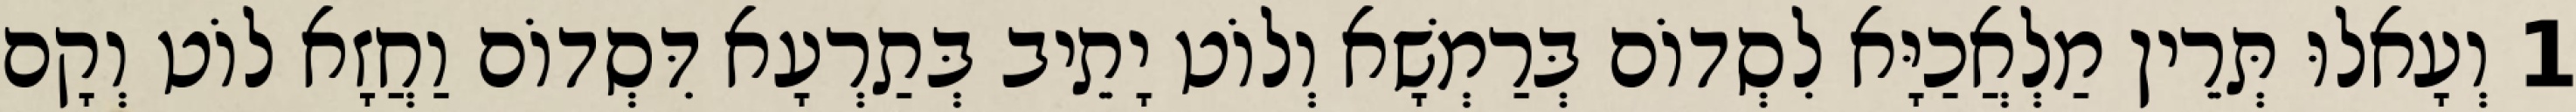
1 וְעָאלוּ תְּרֵין מַלְאֲכַיָּא לִסְדוֹם בְּרַמְשָׁא וְלוֹט יָתֵיב בְּתַרְעָא דִּסְדוֹם וַחֲזָא לוֹט וְקָם